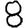
Digit: 8